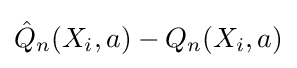
{\hat {Q}}_{n}(X_{i},a)-Q_{n}(X_{i},a)